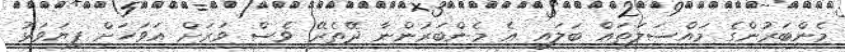
މެންބަރުންގެ މައްސަލަތައް ބަލައި އެ މެންބަރުންނާ ދޭތެރޭ ވެސް ވަރަށް އަވަހަށް ފިޔަވަޅު